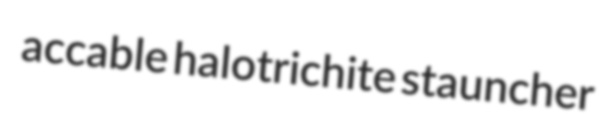
accable halotrichite stauncher